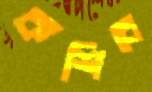
কশিবে